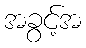
အခွင့်အ